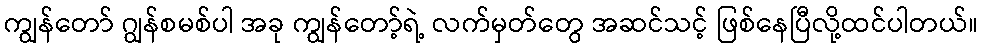
ကျွန်တော် ဂျွန်စမစ်ပါ အခု ကျွန်တော့်ရဲ့ လက်မှတ်တွေ အဆင်သင့် ဖြစ်နေပြီလို့ထင်ပါတယ်။